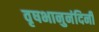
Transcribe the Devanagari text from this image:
वृषभानुनंदिनी